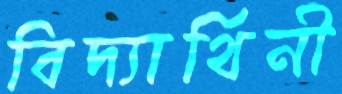
বিদ্যার্থিনী